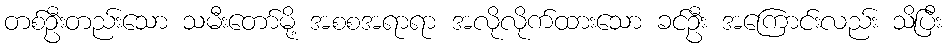
တစ်ဦးတည်းသော သမီးတော်မို့ အစစအရာရာ အလိုလိုက်ထားသော ခင်ဦး အကြောင်းလည်း သိပြီး